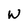
Character: w